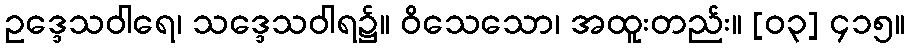
ဥဒ္ဒေသဝါရေ၊ သဒ္ဒေသဝါရ၌။ ဝိသေသော၊ အထူးတည်း။ [၀၃] ၄၁၅။